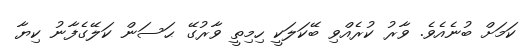
ކަމަށް ބުނެއެވެ. ވާރު ކުރެއްވި ބޭކަލަކީ ހިމިތީ ވާރުގޭ ޙަސަން ކަލޭގެފާނު ކިޔާ